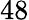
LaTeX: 48